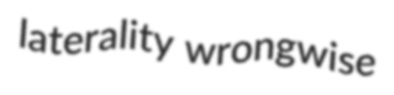
laterality wrongwise